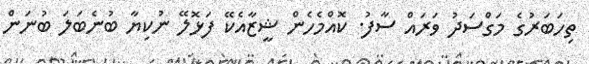
ތިހަބަރުގެ މަގްސަދު ވަރައް ސާފު. ކޮއްމެހެން ޝީޒާއެކޭ ފަޅޮލޭ ނުކިޔާ ބުނެބަލަ ބުނަން